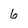
Character: 6